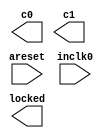
// megafunction wizard: %ALTPLL%VBB%
// GENERATION: STANDARD
// VERSION: WM1.0
// MODULE: altpll 

// ============================================================
// Megafunction Name(s):
// 			altpll
//
// Simulation Library Files(s):
// 			altera_mf
// ============================================================
// ************************************************************
// THIS IS A WIZARD-GENERATED FILE. DO NOT EDIT THIS FILE!
//
// 13.0.1 Build 232 06/12/2013 SP 1 SJ Web Edition
// ************************************************************

//Copyright (C) 1991-2013 Altera Corporation
//Your use of Altera Corporation's design tools, logic functions 
//and other software and tools, and its AMPP partner logic 
//functions, and any output files from any of the foregoing 
//(including device programming or simulation files), and any 
//associated documentation or information are expressly subject 
//to the terms and conditions of the Altera Program License 
//Subscription Agreement, Altera MegaCore Function License 
//Agreement, or other applicable license agreement, including, 
//without limitation, that your use is for the sole purpose of 
//programming logic devices manufactured by Altera and sold by 
//Altera or its authorized distributors.  Please refer to the 
//applicable agreement for further details.

module altera_dcm (
	areset,
	inclk0,
	c0,
	c1,
	locked);

	input	  areset;
	input	  inclk0;
	output	  c0;
	output	  c1;
	output	  locked;
`ifndef ALTERA_RESERVED_QIS
// synopsys translate_off
`endif
	tri0	  areset;
`ifndef ALTERA_RESERVED_QIS
// synopsys translate_on
`endif

endmodule

// ============================================================
// CNX file retrieval info
// ============================================================
// Retrieval info: PRIVATE: ACTIVECLK_CHECK STRING "0"
// Retrieval info: PRIVATE: BANDWIDTH STRING "1.000"
// Retrieval info: PRIVATE: BANDWIDTH_FEATURE_ENABLED STRING "0"
// Retrieval info: PRIVATE: BANDWIDTH_FREQ_UNIT STRING "MHz"
// Retrieval info: PRIVATE: BANDWIDTH_PRESET STRING "Low"
// Retrieval info: PRIVATE: BANDWIDTH_USE_AUTO STRING "1"
// Retrieval info: PRIVATE: BANDWIDTH_USE_CUSTOM STRING "0"
// Retrieval info: PRIVATE: BANDWIDTH_USE_PRESET STRING "0"
// Retrieval info: PRIVATE: CLKBAD_SWITCHOVER_CHECK STRING "0"
// Retrieval info: PRIVATE: CLKLOSS_CHECK STRING "0"
// Retrieval info: PRIVATE: CLKSWITCH_CHECK STRING "0"
// Retrieval info: PRIVATE: CNX_NO_COMPENSATE_RADIO STRING "0"
// Retrieval info: PRIVATE: CREATE_CLKBAD_CHECK STRING "0"
// Retrieval info: PRIVATE: CREATE_INCLK1_CHECK STRING "0"
// Retrieval info: PRIVATE: CUR_DEDICATED_CLK STRING "c0"
// Retrieval info: PRIVATE: CUR_FBIN_CLK STRING "c0"
// Retrieval info: PRIVATE: DEVICE_SPEED_GRADE STRING "8"
// Retrieval info: PRIVATE: DIV_FACTOR0 NUMERIC "5"
// Retrieval info: PRIVATE: DIV_FACTOR1 NUMERIC "5"
// Retrieval info: PRIVATE: DUTY_CYCLE0 STRING "50.00000000"
// Retrieval info: PRIVATE: DUTY_CYCLE1 STRING "50.00000000"
// Retrieval info: PRIVATE: EFF_OUTPUT_FREQ_VALUE0 STRING "10.000000"
// Retrieval info: PRIVATE: EFF_OUTPUT_FREQ_VALUE1 STRING "10.000000"
// Retrieval info: PRIVATE: EXPLICIT_SWITCHOVER_COUNTER STRING "0"
// Retrieval info: PRIVATE: EXT_FEEDBACK_RADIO STRING "0"
// Retrieval info: PRIVATE: GLOCKED_COUNTER_EDIT_CHANGED STRING "1"
// Retrieval info: PRIVATE: GLOCKED_FEATURE_ENABLED STRING "1"
// Retrieval info: PRIVATE: GLOCKED_MODE_CHECK STRING "0"
// Retrieval info: PRIVATE: GLOCK_COUNTER_EDIT NUMERIC "1048575"
// Retrieval info: PRIVATE: HAS_MANUAL_SWITCHOVER STRING "1"
// Retrieval info: PRIVATE: INCLK0_FREQ_EDIT STRING "50.000"
// Retrieval info: PRIVATE: INCLK0_FREQ_UNIT_COMBO STRING "MHz"
// Retrieval info: PRIVATE: INCLK1_FREQ_EDIT STRING "100.000"
// Retrieval info: PRIVATE: INCLK1_FREQ_EDIT_CHANGED STRING "1"
// Retrieval info: PRIVATE: INCLK1_FREQ_UNIT_CHANGED STRING "1"
// Retrieval info: PRIVATE: INCLK1_FREQ_UNIT_COMBO STRING "MHz"
// Retrieval info: PRIVATE: INTENDED_DEVICE_FAMILY STRING "Cyclone II"
// Retrieval info: PRIVATE: INT_FEEDBACK__MODE_RADIO STRING "1"
// Retrieval info: PRIVATE: LOCKED_OUTPUT_CHECK STRING "1"
// Retrieval info: PRIVATE: LONG_SCAN_RADIO STRING "1"
// Retrieval info: PRIVATE: LVDS_MODE_DATA_RATE STRING "Not Available"
// Retrieval info: PRIVATE: LVDS_MODE_DATA_RATE_DIRTY NUMERIC "0"
// Retrieval info: PRIVATE: LVDS_PHASE_SHIFT_UNIT0 STRING "deg"
// Retrieval info: PRIVATE: LVDS_PHASE_SHIFT_UNIT1 STRING "deg"
// Retrieval info: PRIVATE: MIG_DEVICE_SPEED_GRADE STRING "Any"
// Retrieval info: PRIVATE: MIRROR_CLK0 STRING "0"
// Retrieval info: PRIVATE: MIRROR_CLK1 STRING "0"
// Retrieval info: PRIVATE: MULT_FACTOR0 NUMERIC "1"
// Retrieval info: PRIVATE: MULT_FACTOR1 NUMERIC "1"
// Retrieval info: PRIVATE: NORMAL_MODE_RADIO STRING "1"
// Retrieval info: PRIVATE: OUTPUT_FREQ0 STRING "100.00000000"
// Retrieval info: PRIVATE: OUTPUT_FREQ1 STRING "100.00000000"
// Retrieval info: PRIVATE: OUTPUT_FREQ_MODE0 STRING "0"
// Retrieval info: PRIVATE: OUTPUT_FREQ_MODE1 STRING "0"
// Retrieval info: PRIVATE: OUTPUT_FREQ_UNIT0 STRING "MHz"
// Retrieval info: PRIVATE: OUTPUT_FREQ_UNIT1 STRING "MHz"
// Retrieval info: PRIVATE: PHASE_RECONFIG_FEATURE_ENABLED STRING "0"
// Retrieval info: PRIVATE: PHASE_RECONFIG_INPUTS_CHECK STRING "0"
// Retrieval info: PRIVATE: PHASE_SHIFT0 STRING "0.00000000"
// Retrieval info: PRIVATE: PHASE_SHIFT1 STRING "180.00000000"
// Retrieval info: PRIVATE: PHASE_SHIFT_STEP_ENABLED_CHECK STRING "0"
// Retrieval info: PRIVATE: PHASE_SHIFT_UNIT0 STRING "deg"
// Retrieval info: PRIVATE: PHASE_SHIFT_UNIT1 STRING "deg"
// Retrieval info: PRIVATE: PLL_ADVANCED_PARAM_CHECK STRING "0"
// Retrieval info: PRIVATE: PLL_ARESET_CHECK STRING "1"
// Retrieval info: PRIVATE: PLL_AUTOPLL_CHECK NUMERIC "1"
// Retrieval info: PRIVATE: PLL_ENA_CHECK STRING "0"
// Retrieval info: PRIVATE: PLL_ENHPLL_CHECK NUMERIC "0"
// Retrieval info: PRIVATE: PLL_FASTPLL_CHECK NUMERIC "0"
// Retrieval info: PRIVATE: PLL_FBMIMIC_CHECK STRING "0"
// Retrieval info: PRIVATE: PLL_LVDS_PLL_CHECK NUMERIC "0"
// Retrieval info: PRIVATE: PLL_PFDENA_CHECK STRING "0"
// Retrieval info: PRIVATE: PLL_TARGET_HARCOPY_CHECK NUMERIC "0"
// Retrieval info: PRIVATE: PRIMARY_CLK_COMBO STRING "inclk0"
// Retrieval info: PRIVATE: RECONFIG_FILE STRING "altera_dcm.mif"
// Retrieval info: PRIVATE: SACN_INPUTS_CHECK STRING "0"
// Retrieval info: PRIVATE: SCAN_FEATURE_ENABLED STRING "0"
// Retrieval info: PRIVATE: SELF_RESET_LOCK_LOSS STRING "0"
// Retrieval info: PRIVATE: SHORT_SCAN_RADIO STRING "0"
// Retrieval info: PRIVATE: SPREAD_FEATURE_ENABLED STRING "0"
// Retrieval info: PRIVATE: SPREAD_FREQ STRING "50.000"
// Retrieval info: PRIVATE: SPREAD_FREQ_UNIT STRING "KHz"
// Retrieval info: PRIVATE: SPREAD_PERCENT STRING "0.500"
// Retrieval info: PRIVATE: SPREAD_USE STRING "0"
// Retrieval info: PRIVATE: SRC_SYNCH_COMP_RADIO STRING "0"
// Retrieval info: PRIVATE: STICKY_CLK0 STRING "1"
// Retrieval info: PRIVATE: STICKY_CLK1 STRING "1"
// Retrieval info: PRIVATE: SWITCHOVER_COUNT_EDIT NUMERIC "1"
// Retrieval info: PRIVATE: SWITCHOVER_FEATURE_ENABLED STRING "1"
// Retrieval info: PRIVATE: SYNTH_WRAPPER_GEN_POSTFIX STRING "0"
// Retrieval info: PRIVATE: USE_CLK0 STRING "1"
// Retrieval info: PRIVATE: USE_CLK1 STRING "1"
// Retrieval info: PRIVATE: USE_CLKENA0 STRING "0"
// Retrieval info: PRIVATE: USE_CLKENA1 STRING "0"
// Retrieval info: PRIVATE: USE_MIL_SPEED_GRADE NUMERIC "0"
// Retrieval info: PRIVATE: ZERO_DELAY_RADIO STRING "0"
// Retrieval info: LIBRARY: altera_mf altera_mf.altera_mf_components.all
// Retrieval info: CONSTANT: CLK0_DIVIDE_BY NUMERIC "5"
// Retrieval info: CONSTANT: CLK0_DUTY_CYCLE NUMERIC "50"
// Retrieval info: CONSTANT: CLK0_MULTIPLY_BY NUMERIC "1"
// Retrieval info: CONSTANT: CLK0_PHASE_SHIFT STRING "0"
// Retrieval info: CONSTANT: CLK1_DIVIDE_BY NUMERIC "5"
// Retrieval info: CONSTANT: CLK1_DUTY_CYCLE NUMERIC "50"
// Retrieval info: CONSTANT: CLK1_MULTIPLY_BY NUMERIC "1"
// Retrieval info: CONSTANT: CLK1_PHASE_SHIFT STRING "50000"
// Retrieval info: CONSTANT: COMPENSATE_CLOCK STRING "CLK0"
// Retrieval info: CONSTANT: GATE_LOCK_SIGNAL STRING "NO"
// Retrieval info: CONSTANT: INCLK0_INPUT_FREQUENCY NUMERIC "20000"
// Retrieval info: CONSTANT: INTENDED_DEVICE_FAMILY STRING "Cyclone II"
// Retrieval info: CONSTANT: INVALID_LOCK_MULTIPLIER NUMERIC "5"
// Retrieval info: CONSTANT: LPM_TYPE STRING "altpll"
// Retrieval info: CONSTANT: OPERATION_MODE STRING "NORMAL"
// Retrieval info: CONSTANT: PORT_ACTIVECLOCK STRING "PORT_UNUSED"
// Retrieval info: CONSTANT: PORT_ARESET STRING "PORT_USED"
// Retrieval info: CONSTANT: PORT_CLKBAD0 STRING "PORT_UNUSED"
// Retrieval info: CONSTANT: PORT_CLKBAD1 STRING "PORT_UNUSED"
// Retrieval info: CONSTANT: PORT_CLKLOSS STRING "PORT_UNUSED"
// Retrieval info: CONSTANT: PORT_CLKSWITCH STRING "PORT_UNUSED"
// Retrieval info: CONSTANT: PORT_CONFIGUPDATE STRING "PORT_UNUSED"
// Retrieval info: CONSTANT: PORT_FBIN STRING "PORT_UNUSED"
// Retrieval info: CONSTANT: PORT_INCLK0 STRING "PORT_USED"
// Retrieval info: CONSTANT: PORT_INCLK1 STRING "PORT_UNUSED"
// Retrieval info: CONSTANT: PORT_LOCKED STRING "PORT_USED"
// Retrieval info: CONSTANT: PORT_PFDENA STRING "PORT_UNUSED"
// Retrieval info: CONSTANT: PORT_PHASECOUNTERSELECT STRING "PORT_UNUSED"
// Retrieval info: CONSTANT: PORT_PHASEDONE STRING "PORT_UNUSED"
// Retrieval info: CONSTANT: PORT_PHASESTEP STRING "PORT_UNUSED"
// Retrieval info: CONSTANT: PORT_PHASEUPDOWN STRING "PORT_UNUSED"
// Retrieval info: CONSTANT: PORT_PLLENA STRING "PORT_UNUSED"
// Retrieval info: CONSTANT: PORT_SCANACLR STRING "PORT_UNUSED"
// Retrieval info: CONSTANT: PORT_SCANCLK STRING "PORT_UNUSED"
// Retrieval info: CONSTANT: PORT_SCANCLKENA STRING "PORT_UNUSED"
// Retrieval info: CONSTANT: PORT_SCANDATA STRING "PORT_UNUSED"
// Retrieval info: CONSTANT: PORT_SCANDATAOUT STRING "PORT_UNUSED"
// Retrieval info: CONSTANT: PORT_SCANDONE STRING "PORT_UNUSED"
// Retrieval info: CONSTANT: PORT_SCANREAD STRING "PORT_UNUSED"
// Retrieval info: CONSTANT: PORT_SCANWRITE STRING "PORT_UNUSED"
// Retrieval info: CONSTANT: PORT_clk0 STRING "PORT_USED"
// Retrieval info: CONSTANT: PORT_clk1 STRING "PORT_USED"
// Retrieval info: CONSTANT: PORT_clk2 STRING "PORT_UNUSED"
// Retrieval info: CONSTANT: PORT_clk3 STRING "PORT_UNUSED"
// Retrieval info: CONSTANT: PORT_clk4 STRING "PORT_UNUSED"
// Retrieval info: CONSTANT: PORT_clk5 STRING "PORT_UNUSED"
// Retrieval info: CONSTANT: PORT_clkena0 STRING "PORT_UNUSED"
// Retrieval info: CONSTANT: PORT_clkena1 STRING "PORT_UNUSED"
// Retrieval info: CONSTANT: PORT_clkena2 STRING "PORT_UNUSED"
// Retrieval info: CONSTANT: PORT_clkena3 STRING "PORT_UNUSED"
// Retrieval info: CONSTANT: PORT_clkena4 STRING "PORT_UNUSED"
// Retrieval info: CONSTANT: PORT_clkena5 STRING "PORT_UNUSED"
// Retrieval info: CONSTANT: PORT_extclk0 STRING "PORT_UNUSED"
// Retrieval info: CONSTANT: PORT_extclk1 STRING "PORT_UNUSED"
// Retrieval info: CONSTANT: PORT_extclk2 STRING "PORT_UNUSED"
// Retrieval info: CONSTANT: PORT_extclk3 STRING "PORT_UNUSED"
// Retrieval info: CONSTANT: VALID_LOCK_MULTIPLIER NUMERIC "1"
// Retrieval info: USED_PORT: @clk 0 0 6 0 OUTPUT_CLK_EXT VCC "@clk[5..0]"
// Retrieval info: USED_PORT: @extclk 0 0 4 0 OUTPUT_CLK_EXT VCC "@extclk[3..0]"
// Retrieval info: USED_PORT: areset 0 0 0 0 INPUT GND "areset"
// Retrieval info: USED_PORT: c0 0 0 0 0 OUTPUT_CLK_EXT VCC "c0"
// Retrieval info: USED_PORT: c1 0 0 0 0 OUTPUT_CLK_EXT VCC "c1"
// Retrieval info: USED_PORT: inclk0 0 0 0 0 INPUT_CLK_EXT GND "inclk0"
// Retrieval info: USED_PORT: locked 0 0 0 0 OUTPUT GND "locked"
// Retrieval info: CONNECT: @areset 0 0 0 0 areset 0 0 0 0
// Retrieval info: CONNECT: @inclk 0 0 1 1 GND 0 0 0 0
// Retrieval info: CONNECT: @inclk 0 0 1 0 inclk0 0 0 0 0
// Retrieval info: CONNECT: c0 0 0 0 0 @clk 0 0 1 0
// Retrieval info: CONNECT: c1 0 0 0 0 @clk 0 0 1 1
// Retrieval info: CONNECT: locked 0 0 0 0 @locked 0 0 0 0
// Retrieval info: GEN_FILE: TYPE_NORMAL altera_dcm.v TRUE
// Retrieval info: GEN_FILE: TYPE_NORMAL altera_dcm.ppf TRUE
// Retrieval info: GEN_FILE: TYPE_NORMAL altera_dcm.inc FALSE
// Retrieval info: GEN_FILE: TYPE_NORMAL altera_dcm.cmp FALSE
// Retrieval info: GEN_FILE: TYPE_NORMAL altera_dcm.bsf FALSE
// Retrieval info: GEN_FILE: TYPE_NORMAL altera_dcm_inst.v TRUE
// Retrieval info: GEN_FILE: TYPE_NORMAL altera_dcm_bb.v TRUE
// Retrieval info: LIB_FILE: altera_mf
// Retrieval info: CBX_MODULE_PREFIX: ON